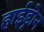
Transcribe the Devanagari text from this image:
हाईड्रोन